Insane asylums in Bengal annual reports 1867-1875 - 1867-1875
Year: 1867
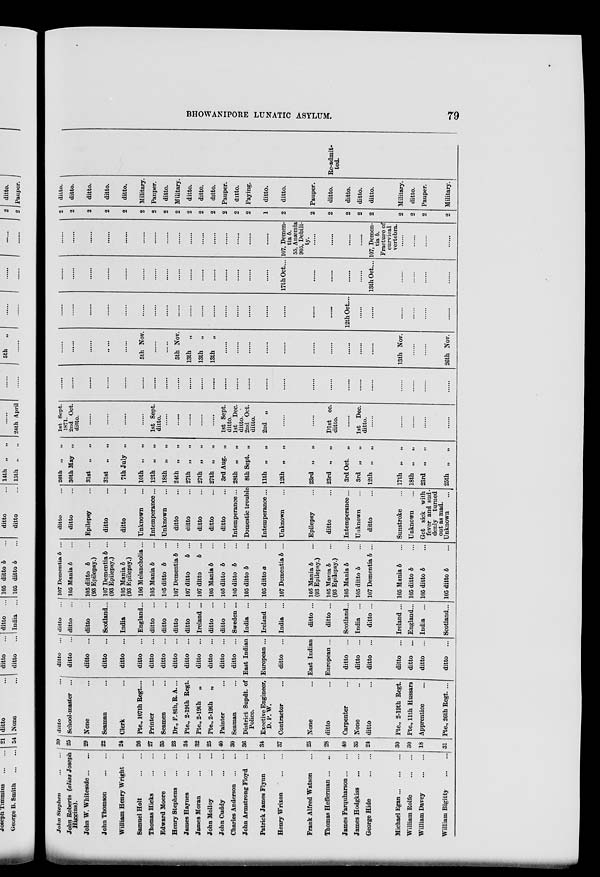
BHOWANIPORE LUNATIC ASYLUM.
79
John Stephen
John Roberts (alias Joseph
Higgins).
John W. Whiteside ... ...
John Thomson
...
...
William Henry Wright ...
Samuel Holt
...
...
Thomas Hicks
...
...
Edward Moore
...
...
Henry Stephens
...
...
James Haynes
...
...
James Moran
...
...
John Molloy
...
...
John Cuddy
...
...
Charles Anderson
...
...
John Armstrong Floyd ...
Patrick James Flynn ...
Henry Wrixon
...
...
Frank Alfred Watson ...
Thomas Hefferman ... ...
James Farquharson ... ...
James Hodgkiss
...
...
George Hide
...
...
Michael Egan ... ... ...
William Rolfe
...
...
William Davey
...
...
William Bigitty
...
...
39
25
29
22
24
26
27
35
23
34
32
25
40
30
36
34
37
25
28
40
35
24
30
30
18
31
ditto ...
School-master ...
None ...
Seaman ...
Clerk ...
Pte., 107th Regt. ...
Printer ...
Seamen ...
Dr., F. 8th, R.A. ...
Pt., 2-19th Regt.
Pte. 2-19th „
Pte., 2-19th
„
Painter ...
Seaman ...
District Supdt. of
Police.
Exective Engineer,
D. P. W.
Contractor ...
None ...
ditto ...
Carpenter ...
None ...
ditto ...
Pte., 2-19th Regt.
Pte., 11th Hussars
Apprentice ...
Pte., 26th Regt. ...
ditto ...
ditto ...
ditto ...
ditto ...
ditto ...
ditto ...
ditto ...
ditto ...
ditto ...
ditto ...
ditto ...
ditto ...
ditto ...
ditto ...
East Indian
European ...
ditto ...
East Indian
European ...
ditto ...
ditto ...
ditto ...
ditto ...
ditto ...
ditto ...
ditto ...
ditto ...
ditto ...
ditto ...
Scotland ...
India ...
England...
ditto ...
ditto ...
ditto ...
ditto ...
Ireland ...
ditto ...
ditto ...
Sweden ...
India ...
Ireland ...
India ...
ditto ...
ditto ...
Scotland...
India
...
ditto ...
Ireland ...
England...
India ...
Scotland...
107 Dementia b ...
105 Mania b ...
105 ditto b ...
(93 Epilepsy.)
107 Dementia b ...
(93 Epilepsy.)
105 Mania b ...
(93 Epilepsy.)
106 Melancholia ...
105 Mania b ...
105 ditto b ...
107 Dementia b ...
107 ditto
b ...
107 ditto
b ...
105 Mania b ...
105 ditto b ...
105 ditto b ...
105 ditto b ...
105 ditto a ...
107 Dementia b ...
105 Mania b ...
(93 Epilepsy.)
105 Mania b ...
(93 Epilepsy.)
105 Mania b ...
105 ditto b ...
107 Dementia b ...
105 Mania b ...
105 ditto b ...
105 ditto b ...
105 ditto b ...
ditto ...
ditto ...
Epilepsy ...
ditto ...
ditto ...
Unknown ...
Intemperance ...
Unknown ...
ditto ...
ditto ...
ditto ...
ditto ...
ditto ...
Intemperance ...
Domestic trouble
Intemperance ...
Unknown ...
Epilepsy ...
ditto ...
Intemperance ...
Unknown ...
ditto ...
Sunstroke ...
Unknown ...
Got sick with
fever and sud-
denly turned
Unknown ...
26th „ „
30th May „
31st „
„
31st „
„
7th July „
10th „
„
12th „ „
18th „
„
24th „
„
27th „
„
27th „
„
27th „ „
3rd Aug. „
28th „ „
8th Sept. „
11th „
„
12th „ „
23rd „
„
23rd „ „
3rd Oct.
„
3rd „ „
12th „ „
17th „
„
18th „
„
23rd „
„
25th „
„
1st Sept.
2nd Oct.
ditto.
......
......
......
......
1st Sept.
ditto.
......
......
......
......
......
1st Sept.
ditto.
1st Dec.
ditto.
2nd Oct.
ditto.
2nd „
......
......
Dist ec.
ditto.
......
1st Dec.
ditto.
......
......
......
......
......
......
......
......
......
......
......
......
......
......
......
......
......
......
......
......
......
......
......
......
......
......
......
......
......
......
......
......
......
......
......
5th Nov.
......
.....
5th Nov.
13th „
13th „
13th „
......
......
......
......
......
......
......
......
......
......
13th Nov.
......
......
26th Nov.
......
......
......
......
......
......
......
......
......
......
......
......
......
......
......
......
......
......
......
12th Oct....
......
......
......
......
......
......
......
......
......
......
......
......
......
......
......
......
......
......
......
......
......
......
17th Oct. ...
......
......
......
......
13th Oct....
......
......
......
......
......
......
......
......
......
......
......
......
......
......
......
......
......
......
......
......
107, Demen-
tia b.
55, Anæmia
905, Debili-
ty.
......
......
......
......
107, Demen-
tia b.
Fracture of
curvical
vertebra.
......
......
......
......
2
2
2
2
2
2
2
2
2
2
2
2
2
2
2
1
2
2
2
2
2
2
2
2
2
2
ditto.
ditto.
ditto.
ditto.
ditto.
Military.
Pauper.
ditto.
Military.
ditto.
ditto.
ditto.
Pauper.
ditto.
Paying.
ditto.
ditto.
Pauper.
ditto.
ditto.
ditto.
ditto.
Military.
ditto.
Pauper.
Military.
Re-admit-
ted.